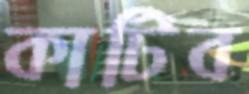
কাটিব